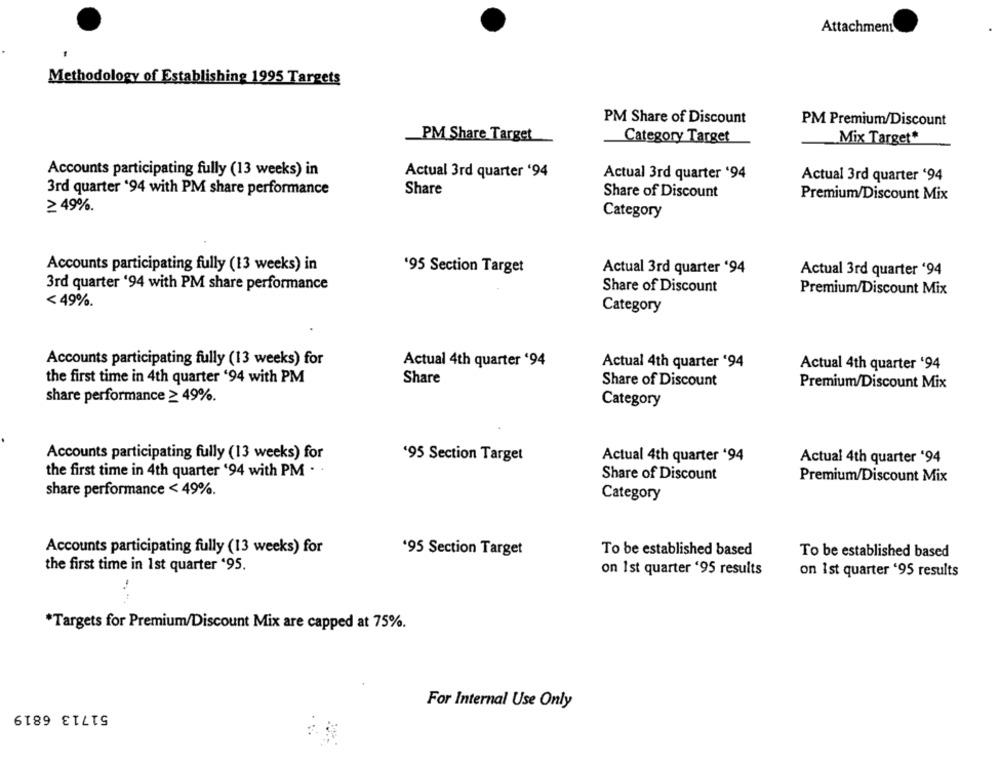
Attachment
Methodology of Establishing 1995 Targets
PM Share of Discount
PM Premium/Discount
PM Share Target
Category Target
Mix Target*
Accounts participating fully (13 weeks) in
Actual 3rd quarter '94
Actual 3rd quarter '94
Actual 3rd quarter '94
3rd quarter '94 with PM share performance
Share
Share of Discount
Premium/Discount Mix
≥ 49%.
Category
Accounts participating fully (13 weeks) in
'95 Section Target
Actual 3rd quarter '94
Actual 3rd quarter '94
3rd quarter '94 with PM share performance
Share of Discount
Premium/Discount Mix
< 49%
Category
Accounts participating fully (13 weeks) for
Actual 4th quarter '94
Actual 4th quarter '94
Actual 4th quarter '94
the first time in 4th quarter '94 with PM
Share
Share of Discount
Premium/Discount Mix
share performance ≥ 49%.
Category
Accounts participating fully (13 weeks) for
'95 Section Target
Actual 4th quarter '94
Actual 4th quarter '94
the first time in 4th quarter '94 with PM . .
Share of Discount
Premium/Discount Mix
share performance < 49%.
Category
Accounts participating fully (13 weeks) for
'95 Section Target
To be established based
To be established based
the first time in 1st quarter '95.
on 1st quarter '95 results
on 1st quarter '95 results
*Targets for Premium/Discount Mix are capped at 75%.
51713 6819
For Internal Use Only